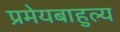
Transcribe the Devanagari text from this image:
प्रमेयबाहुल्य